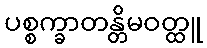
ပစ္စက္ခာတန္တိမဝတ္ထူ